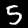
Label: 5